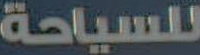
للسياحة